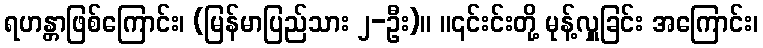
ရဟန္တာဖြစ်ကြောင်း၊ (မြန်မာပြည်သား ၂-ဦး)။ ။၎င်းင်းတို့ မုန့်လှူခြင်း အကြောင်း၊